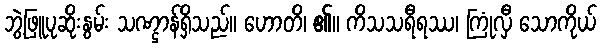
ဘွဲ့ဖြူပုဆိုးနွမ်း သဏ္ဌာန်ရှိသည်။ ဟောတိ၊ ၏။ ကိသသရီရဿ၊ ကြုံလှီ သောကိုယ်